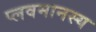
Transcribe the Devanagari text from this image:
प्लवमानस्य